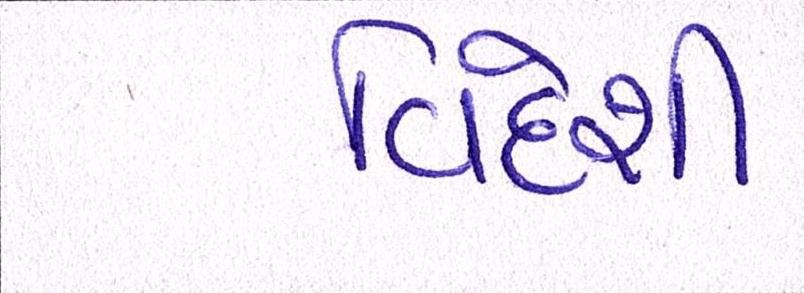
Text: વિદેશી